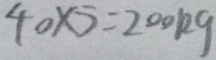
4 0 \times 5 = 2 0 0 k g